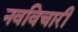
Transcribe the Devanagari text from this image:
नवविचारी